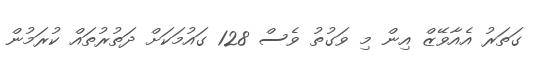
ގަތަރު އެއާވޭޒް އިން މި ވަގުތު ވެސް 128 ގައުމަކަށް ދަތުރުތައް ކުރަމުން